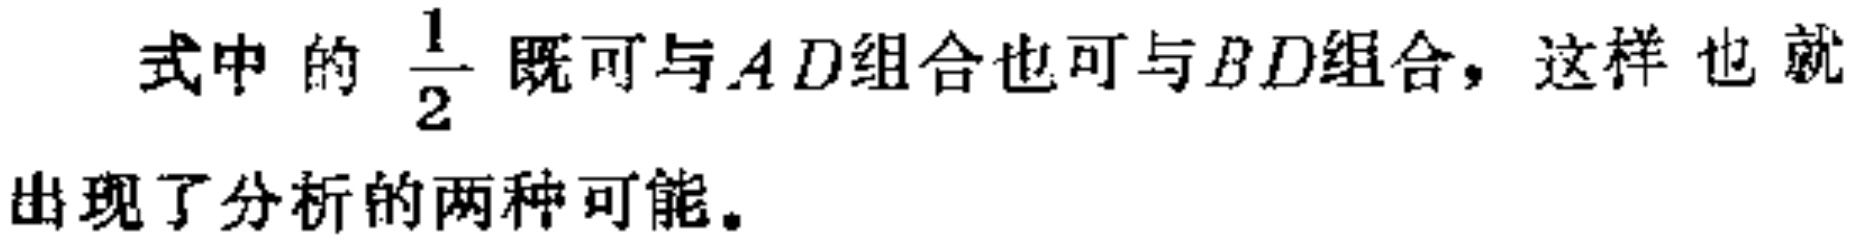
式中的 $\frac{1}{2}$ 既可与$AD$组合也可与$BD$组合，这样也就出现了分析的两种可能。